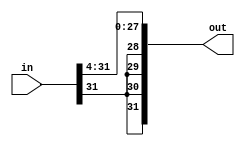
module ars4(out, in);
	input [31:0] in;
	
	output [31:0] out;
	
	genvar i;
	generate
		for(i = 27; i >= 0; i=i-1) begin: loop1
			assign out[i] = in[i+4];
		end
	endgenerate
	generate
		for(i = 31; i >27; i=i-1) begin: loop2
			assign out[i] = in[31];
		end
	endgenerate
	
endmodule